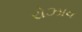
રોઝાવ